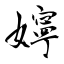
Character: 嬣